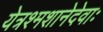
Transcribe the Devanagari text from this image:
येत्रश्मशानेदेवाः